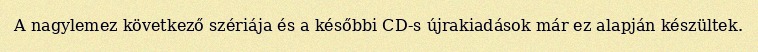
A nagylemez következő szériája és a későbbi CD-s újrakiadások már ez alapján készültek.